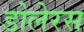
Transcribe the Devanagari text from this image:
डोलेरस